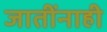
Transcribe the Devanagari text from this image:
जातींनाही